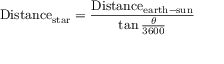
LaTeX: { \mathrm { D i s t a n c e } } _ { \mathrm { s t a r } } = { \frac { { \mathrm { D i s t a n c e } } _ { \mathrm { e a r t h - s u n } } } { \tan { \frac { \theta } { 3 6 0 0 } } } }